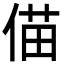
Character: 㑤